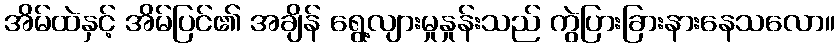
အိမ်ထဲနှင့် အိမ်ပြင်၏ အချိန် ရွေ့လျားမှုနှုန်းသည် ကွဲပြားခြားနားနေသလော။